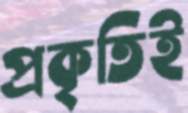
প্রকৃতিই